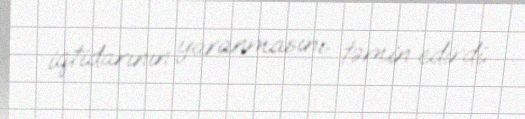
iqtidarının yaranmasını təmin edirdi.